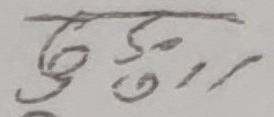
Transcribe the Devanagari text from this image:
बुजु ७ ।।